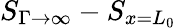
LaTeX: S_{\Gamma\rightarrow\infty}-S_{x=L_{0}}